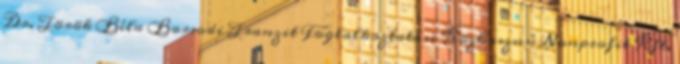
Dr. Török Béla Borsodi Tranzit Foglalkoztatási Közhasznú Nonprofit Kft.